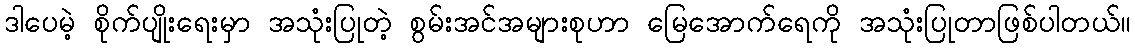
ဒါပေမဲ့ စိုက်ပျိုးရေးမှာ အသုံးပြုတဲ့ စွမ်းအင်အများစုဟာ မြေအောက်ရေကို အသုံးပြုတာဖြစ်ပါတယ်။